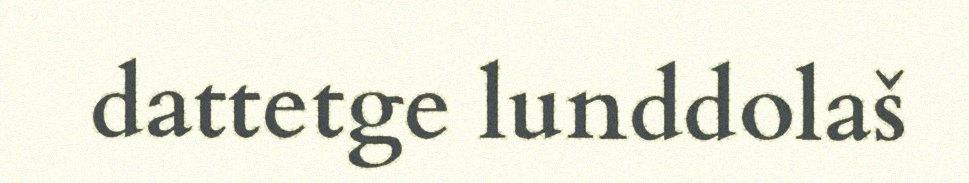
dattetge lunddolaš